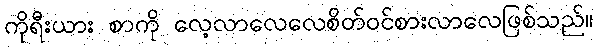
ကိုရီးယား စာကို လေ့လာလေလေစိတ်ဝင်စားလာလေဖြစ်သည်။